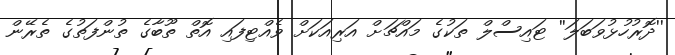
''ދޮރުހުޅުވަބަލަ'' ޓައިސްލް ތަކުގެ މައްޗަށް އަރިއަކަށް ވެއްޓިފައި އޮތް ތޫބާގެ ތުންފަތުގެ ތެރޭން